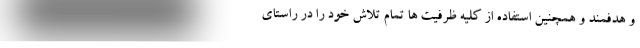
و هدفمند و همچنین استفاده از کلیه ظرفیت ها تمام تلاش خود را در راستای